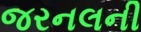
જરનલની